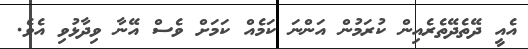
އެއީ ދޭތެދޭތެރެއިން ކުރަމުން އަންނަ ކަމެއް ކަމަށް ވެސް އޭނާ ވިދާޅުވި އެވެ.